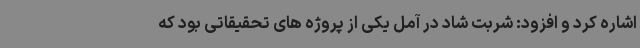
اشاره کرد و افزود: شربت شاد در آمل یکی از پروژه های تحقیقاتی بود که